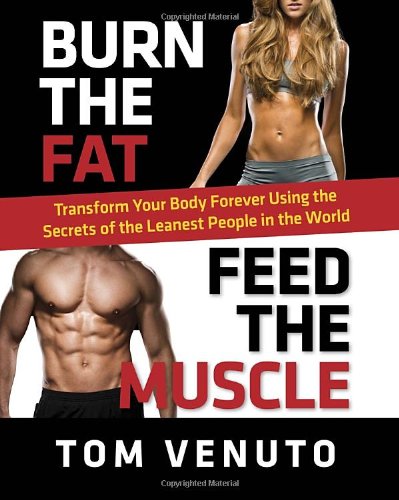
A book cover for Burn the Fat, Feed the Muscle: Transform Your Body Forever Using the Secrets of the Leanest People in the World; Tom Venuto; Health, Fitness & Dieting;